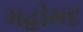
મહોમદ